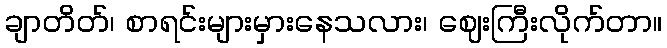
ချာတိတ်၊ စာရင်းများမှားနေသလား၊ ဈေးကြီးလိုက်တာ။